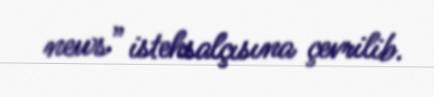
news” istehsalçısına çevrilib.